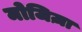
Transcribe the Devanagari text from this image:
मोजिज़ा